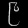
Digit: ၉